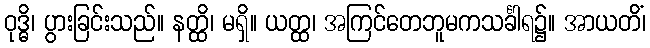
ဝုဒ္ဓိ၊ ပွားခြင်းသည်။ နတ္ထိ၊ မရှိ။ ယတ္ထ၊ အကြင်တေဘူမကသင်္ခါရ၌။ အာယတိံ၊